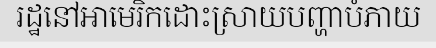
រដ្ឋនៅអាមេរិកដោះស្រាយបញ្ហាបំភាយ